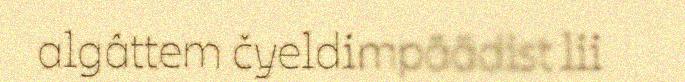
algâttem čyeldimpäädist lii